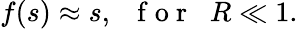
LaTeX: f(s)\approx s,\; \; \mathrm{~f~o~r~}\; \; R\ll 1.